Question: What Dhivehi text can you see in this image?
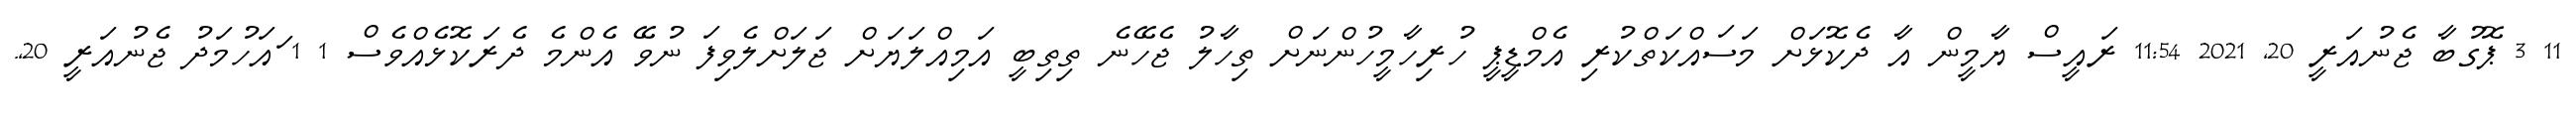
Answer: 11 3 ޕޮގުބާ ޖެނުއަރީ 20, 2021 11:54 ރައީސް ޔާމީން އާ ދެކޮޅަށް މަސައްކަތްކުރި އެމްޑީޕީ ހުރިހާމީހުންނަށް ތިހާލު ޖެހޭނެ ތިތިބީ އަމިއްލަޔަށް ޖަލަށްލެވިފަ ނުވޭ އެންމެ ދެރަކޮޅެއްވެސް 1 1 ައަހުމަދު ޖެނުއަރީ 20,.